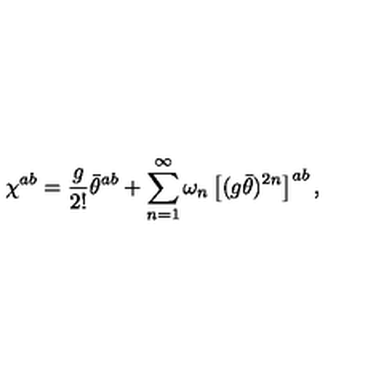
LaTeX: \chi ^ { a b } = \frac { g } { 2 ! } \bar { \theta } ^ { a b } + \sum _ { n = 1 } ^ { \infty } \omega _ { n } \left[ ( g \bar { \theta } ) ^ { 2 n } \right] ^ { a b } ,